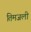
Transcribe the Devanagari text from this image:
तिमजली